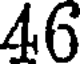
46